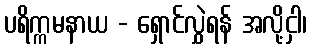
ပရိက္ကမနာယ - ရှောင်လွှဲရန် အလို့ငှါ၊